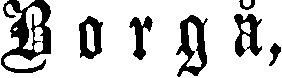
Borgå,